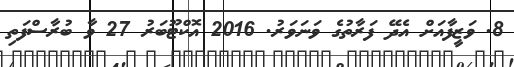
8. ވަޒީފާއަށް އެދޭ ފަރާތުގެ ވަނަވަރު. 2016 އޮކްޓޫބަރު 27 ވާ ބުރާސްފަތި